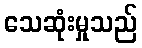
သေဆုံးမှုသည်